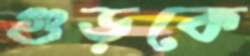
গুড়কে